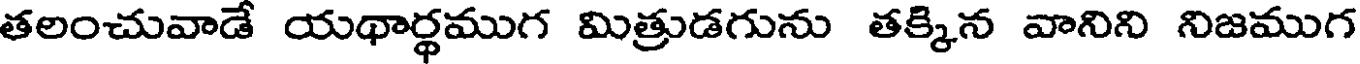
తలంచువాడే యథార్థముగ మిత్రుడగును తక్కిన వానిని నిజముగ